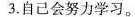
3.自己会努力学习。